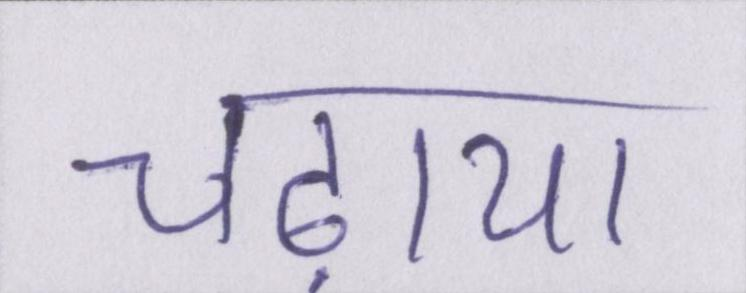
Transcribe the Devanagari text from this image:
चढ़ाया